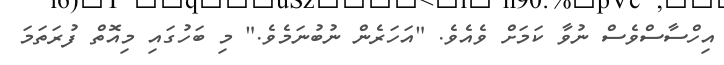
އިހްސާސްވެސް ނުވާ ކަމަށް ވެއެވެ. "އަހަރެން ނުބުނަމެވެ." މި ބަހުގައި މިއޮތް ފުރަތަމަ